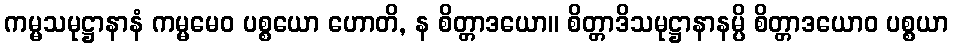
ကမ္မသမုဋ္ဌာနာနံ ကမ္မမေဝ ပစ္စယော ဟောတိ, န စိတ္တာဒယော။ စိတ္တာဒိသမုဋ္ဌာနာနမ္ပိ စိတ္တာဒယောဝ ပစ္စယာ